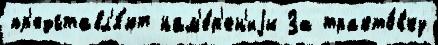
пр'едставл'я́ют нам'е́р'ен'иjи За тракто́вку